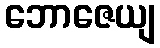
ဘောဇေယျ